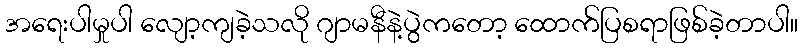
အရေးပါမှုပါ လျော့ကျခဲ့သလို ဂျာမနီနဲ့ပွဲကတော့ ထောက်ပြစရာဖြစ်ခဲ့တာပါ။